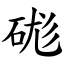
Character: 硥